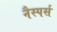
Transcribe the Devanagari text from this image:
नैस्पर्स